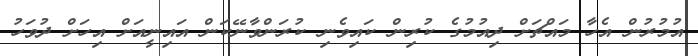
އުމުރުން އެހާ މައްޗަށް ދިއުމުގެ ކުރިން ކައިވެނި ކުރަންވާނޭކަން އައިނީއަށް އިހަށް ދުވަހު